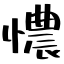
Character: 憹